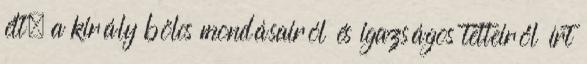
élt, a király bölcs mondásairól és igazságos tetteiről írt